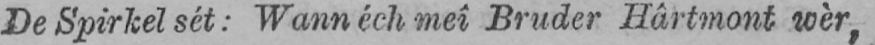
De Spirkel sét: Wann éch meî Bruder Hârtmont wèr,